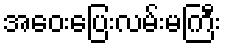
အဝေးပြေးလမ်းမကြီး